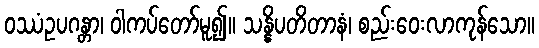
ဝဿံဥပဂန္တာ၊ ဝါကပ်တော်မူ၍။ သန္နိပတိတာနံ၊ စည်းဝေးလာကုန်သော။